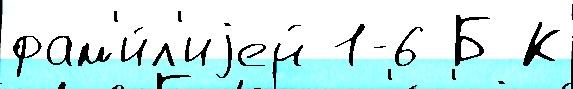
фам'и́л'иjей 1-6 Б К